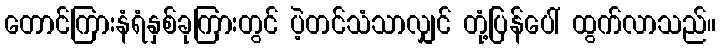
တောင်ကြားနံရံနှစ်ခုကြားတွင် ပဲ့တင်သံသာလျှင် တုံ့ပြန်ပေါ် ထွက်လာသည်။